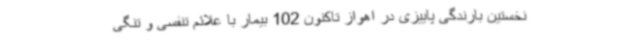
نخستین بارندگی پاییزی در اهواز تاکنون 102 بیمار با علائم تنفسی و تنگی